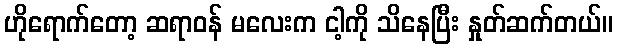
ဟိုရောက်တော့ ဆရာဝန် မလေးက ငါ့ကို သိနေပြီး နှုတ်ဆက်တယ်။